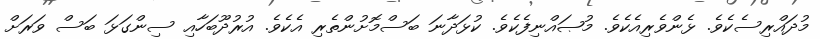
މުދައްރިސެކެވެ. ޅެންވެރިއެކެވެ. މުޞައްނިފެކެވެ. ކުޅަދާނަ ބަސްމޮށުންތެރި އެކެވެ. އުރުދޫބަހާއި ސިންގަޅަ ބަސް ވަރަށް